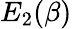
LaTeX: E_{2}(\beta)